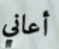
أعاني